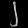
Digit: ၂